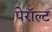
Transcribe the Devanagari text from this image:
पेरॉल्ट